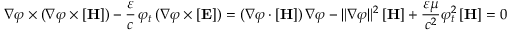
\nabla \varphi \times ( \nabla \varphi \times [ \mathbf { H } ] ) - { \frac { \varepsilon } { c } } \, \varphi _ { t } \, ( \nabla \varphi \times [ \mathbf { E } ] ) = ( \nabla \varphi \cdot [ \mathbf { H } ] ) \, \nabla \varphi - \| \nabla \varphi \| ^ { 2 } \, [ \mathbf { H } ] + { \frac { \varepsilon \mu } { c ^ { 2 } } } \varphi _ { t } ^ { 2 } \, [ \mathbf { H } ] = 0